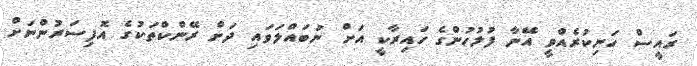
ރައީސް ހަނިކުރެއްވީ އޭނާ ފުލުހުންގެ ހައިރާކީ އަށް ނުބައްލަވައި ދަށް ރޭންކްތަަކުގެ އޮފިސަރުންނަށް